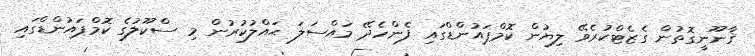
ޤާނޫނީގޮތުން ގެޒެޓްކުރެވޭ ލިޔުން ކޮމްޕައުންޑްގައި ފެންހެދޭ މައްސަލަ ޙައްލުކުރުން މި ސްކޫލުގެ ކޮމްޕައުންޑްގައި